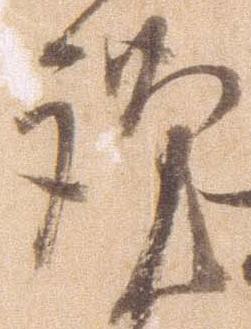
謹